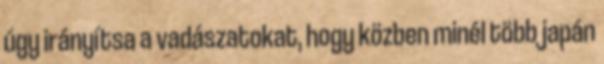
úgy irányítsa a vadászatokat, hogy közben minél több japán